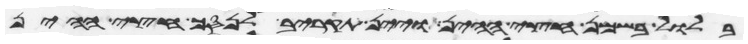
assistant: בלול בשמן חצי ההין ויין תקריב לנסך חצי ההין